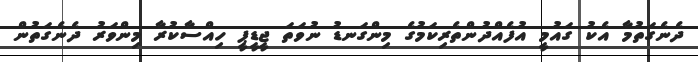
ދެނެގަތުމާ އެކު ގައުމީ އުފެއްދުންތެރިކަމުގެ މިންގަނޑު ނުވަތަ ޖީޑީޕީ ހިއްސާކުރާ މިންވަރު ދެނެގަތުން